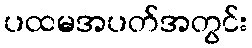
ပထမအပတ်အတွင်း